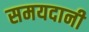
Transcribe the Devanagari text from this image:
समयदानी